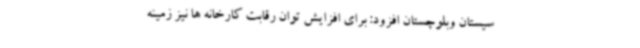
سیستان وبلوچستان افزود: برای افزایش توان رقابت کارخانه ها نیز زمینه